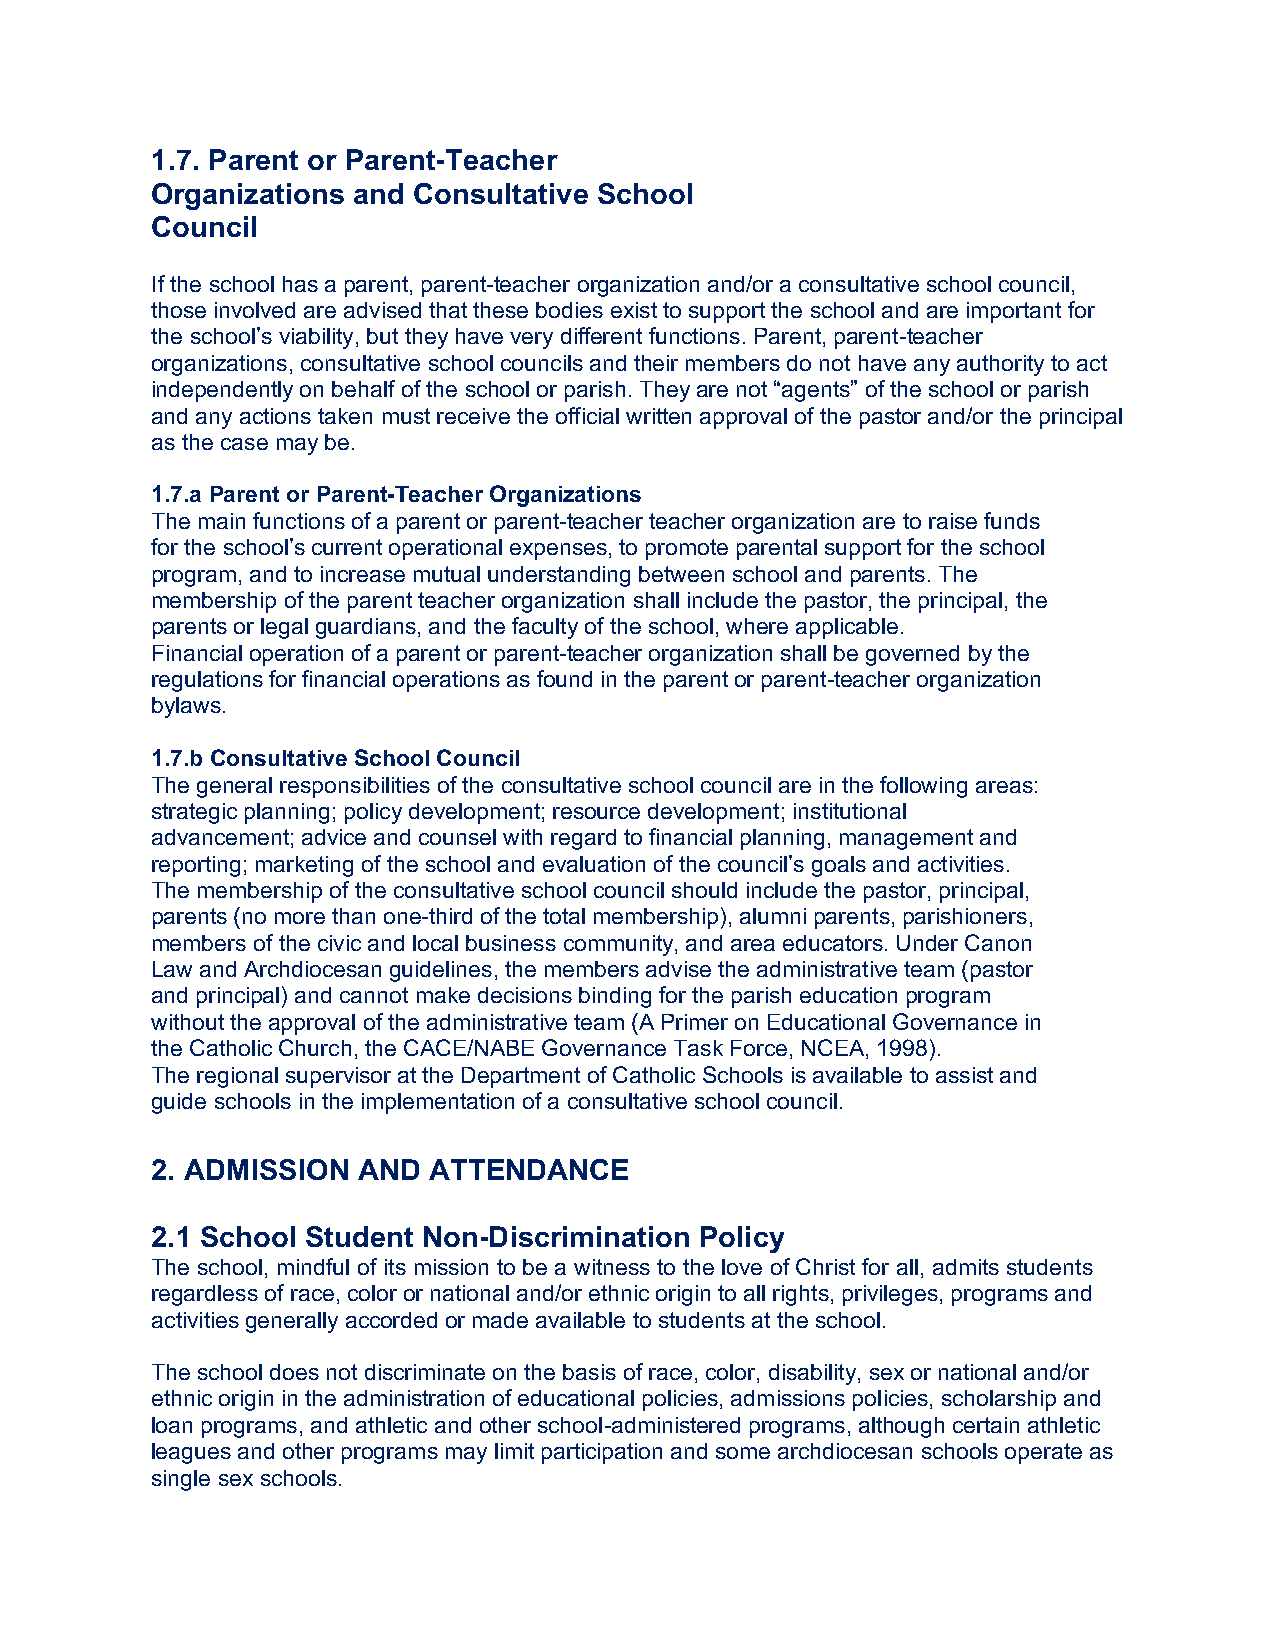
1.7. Parent or Parent-Teacher
 Organizations and Consultative School
 Council
 If the school has a parent, parent-teacher organization and/or a consultative school council,
 those involved are advised that these bodies exist to support the school and are important for
 the school’s viability, but they have very different functions. Parent, parent-teacher
 organizations, consultative school councils and their members do not have any authority to act
 independently on behalf of the school or parish. They are not “agents” of the school or parish
 and any actions taken must receive the official written approval of the pastor and/or the principal
 as the case may be.
 1.7.a Parent or Parent-Teacher Organizations
 The main functions of a parent or parent-teacher teacher organization are to raise funds
 for the school’s current operational expenses, to promote parental support for the school
 program, and to increase mutual understanding between school and parents. The
 membership of the parent teacher organization shall include the pastor, the principal, the
 parents or legal guardians, and the faculty of the school, where applicable.
 Financial operation of a parent or parent-teacher organization shall be governed by the
 regulations for financial operations as found in the parent or parent-teacher organization
 bylaws.
 1.7.b Consultative School Council
 The general responsibilities of the consultative school council are in the following areas:
 strategic planning; policy development; resource development; institutional
 advancement; advice and counsel with regard to financial planning, management and
 reporting; marketing of the school and evaluation of the council’s goals and activities.
 The membership of the consultative school council should include the pastor, principal,
 parents (no more than one-third of the total membership), alumni parents, parishioners,
 members of the civic and local business community, and area educators. Under Canon
 Law and Archdiocesan guidelines, the members advise the administrative team (pastor
 and principal) and cannot make decisions binding for the parish education program
 without the approval of the administrative team (A Primer on Educational Governance in
 the Catholic Church, the CACE/NABE Governance Task Force, NCEA, 1998).
 The regional supervisor at the Department of Catholic Schools is available to assist and
 guide schools in the implementation of a consultative school council.
 2. ADMISSION  AND ATTENDANCE
 2.1 School Student Non-Discrimination Policy
 The school, mindful of its mission to be a witness to the love of Christ for all, admits students
 regardless of race, color or national and/or ethnic origin to all rights, privileges, programs and
 activities generally accorded or made available to students at the school.
 The school does not discriminate on the basis of race, color, disability, sex or national and/or
 ethnic origin in the administration of educational policies, admissions policies, scholarship and
 loan programs, and athletic and other school-administered programs, although certain athletic
 leagues and other programs may limit participation and some archdiocesan schools operate as
 single sex schools.